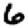
Digit: 6